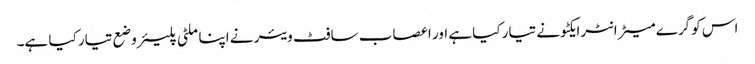
اس کو گرے میٹر انٹرایکٹو نے تیار کیا ہے اور اعصاب سافٹ ویئر نے اپنا ملٹی پلیئر وضع تیار کیا ہے۔